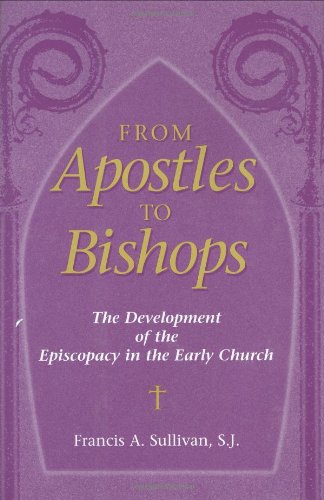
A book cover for From Apostles to Bishops: The Development of the Episcopacy in the Early Church; Francis A. Sullivan; Christian Books & Bibles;